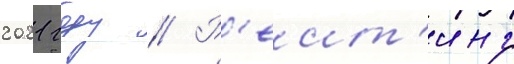
2021 году // Р'еит'инг